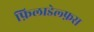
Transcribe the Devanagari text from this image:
फ़िलाडेल्फ़स